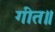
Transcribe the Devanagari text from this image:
गीत॥